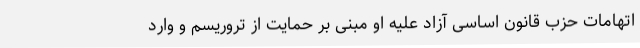
اتهامات حزب قانون اساسی آزاد علیه او مبنی بر حمایت از تروریسم و وارد